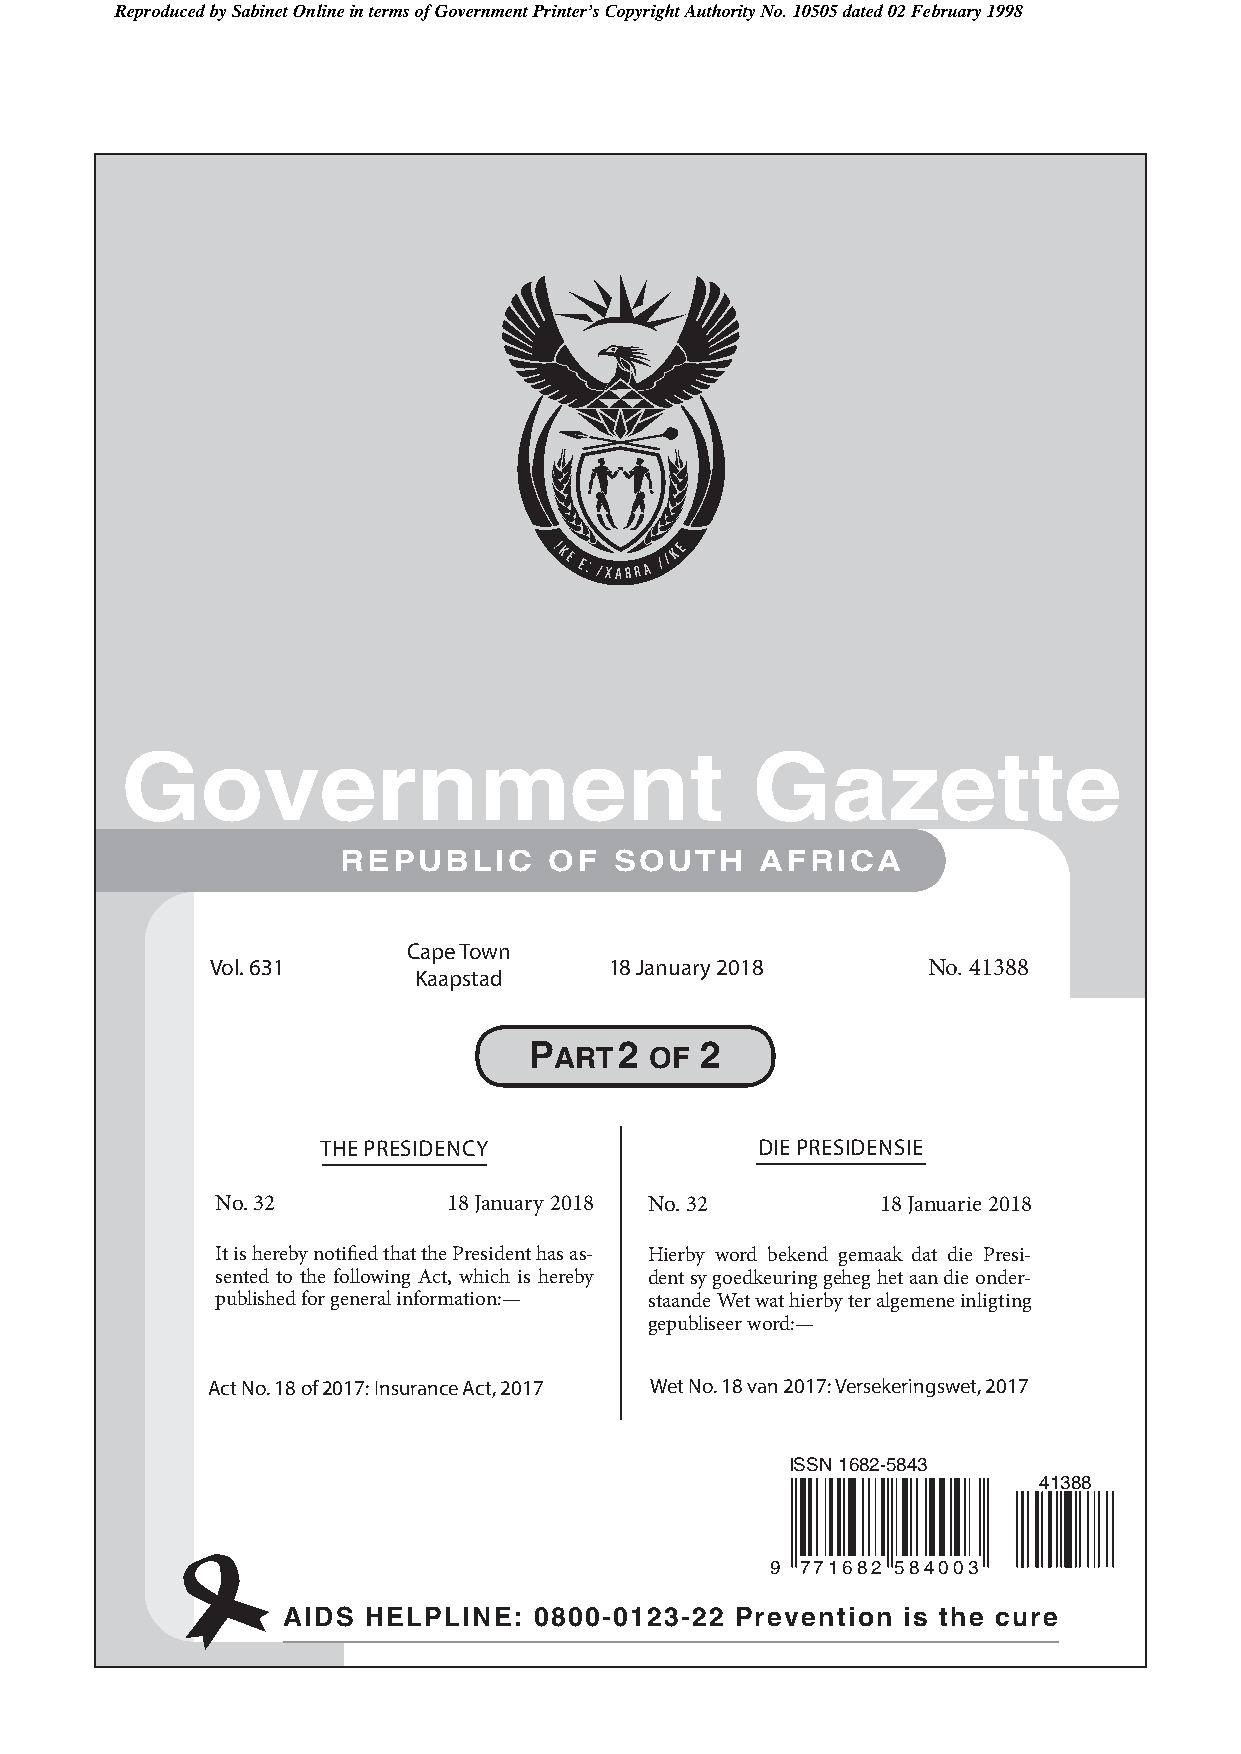
Reproduced by Sabinet Online in terms of Government Printer’s Copyright Authority No. 10505 dated 02 February 1998
 Government                                Gazette
 REPUBLIC     OF   SOUTH    AFRICA
 Cape Town
 Vol. 631                  18 January 2018      No. 41388
 Kaapstad
 P
 ART
 2
 OF
 2
 THE PRESIDENCY               DIE PRESIDENSIE
 No. 32          18 January 2018 No. 32      18 Januarie 2018
 It is hereby notified that the President has as- Hierby word bekend gemaak dat die Presi-
 sented to the following Act, which is hereby dent sy goedkeuring geheg het aan die onder-
 published for general information:— staande Wet wat hierby ter algemene inligting
 gepubliseer word:—
 Act No. 18 of 2017: Insurance Act, 2017 Wet No. 18 van 2017: Versekeringswet, 2017
 ISSN 1682-5843
 41388
 9 771682 584003
 AIDS HELPLINE:  0800-0123-22  Prevention is the cure